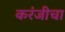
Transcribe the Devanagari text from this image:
करंजीचा